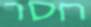
חסר